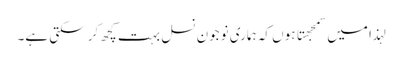
لہذا میں سمجهتا ہوں کہ ہماری نوجون نسل بہت کچھ کر سکتی ہے۔